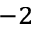
^ { - 2 }